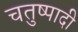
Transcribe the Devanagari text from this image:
चतुष्पादी